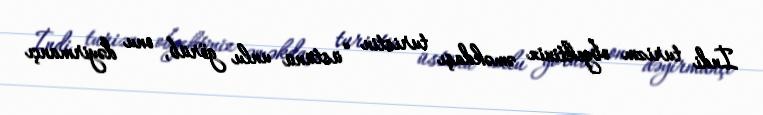
İndi turizm obyektinin əməkdaşı turistin “üstünü unlu görüb, onu dəyirmançı